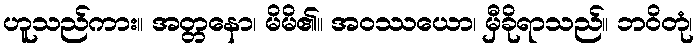
ဟူသည်ကား။ အတ္တနော၊ မိမိ၏။ အဝဿယော၊ မှီခိုရာသည်။ ဘဝိတုံ၊